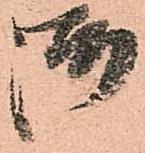
御